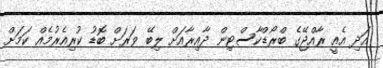
އަދި އެއީ ރާއްޖޭގެ ބްރޯޑްކާސްޓިން ދާއިރާއަށް ލިބޭ ވަރަށް ބޮޑު ކުރިއެރުމެއް ކަމަށް